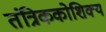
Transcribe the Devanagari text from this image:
तंत्रिककोशिक्य